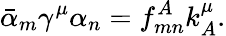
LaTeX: \bar{\alpha}_{m}\gamma^{\mu}\alpha_{n}=f_{mn}^{A}k_{A}^{\mu}.